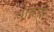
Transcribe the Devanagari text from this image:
धावेची